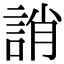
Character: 誚